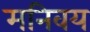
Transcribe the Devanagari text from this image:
मनिवय